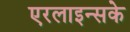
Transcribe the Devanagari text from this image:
एरलाइन्सके